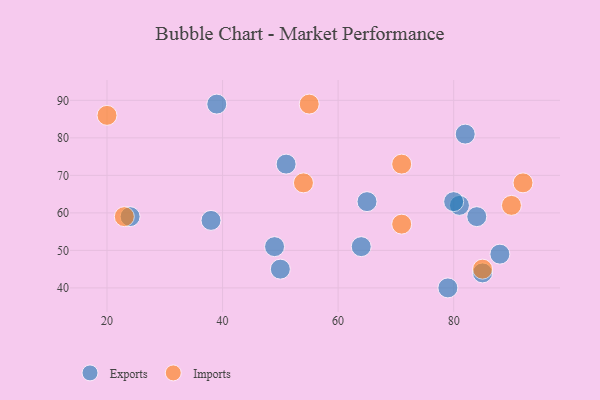
{"axis": {"x": "GDP", "y": "Life Expectancy"}, "legend": ["Exports", "Imports"], "data": [{"x": "24", "y": 59, "type": "Exports"}, {"x": "82", "y": 81, "type": "Exports"}, {"x": "84", "y": 59, "type": "Exports"}, {"x": "49", "y": 51, "type": "Exports"}, {"x": "81", "y": 62, "type": "Exports"}, {"x": "85", "y": 44, "type": "Exports"}, {"x": "88", "y": 49, "type": "Exports"}, {"x": "38", "y": 58, "type": "Exports"}, {"x": "50", "y": 45, "type": "Exports"}, {"x": "80", "y": 63, "type": "Exports"}, {"x": "39", "y": 89, "type": "Exports"}, {"x": "51", "y": 73, "type": "Exports"}, {"x": "64", "y": 51, "type": "Exports"}, {"x": "65", "y": 63, "type": "Exports"}, {"x": "79", "y": 40, "type": "Exports"}, {"x": "54", "y": 68, "type": "Imports"}, {"x": "85", "y": 45, "type": "Imports"}, {"x": "71", "y": 57, "type": "Imports"}, {"x": "71", "y": 73, "type": "Imports"}, {"x": "23", "y": 59, "type": "Imports"}, {"x": "55", "y": 89, "type": "Imports"}, {"x": "20", "y": 86, "type": "Imports"}, {"x": "90", "y": 62, "type": "Imports"}, {"x": "92", "y": 68, "type": "Imports"}]}